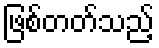
ဖြစ်တတ်သည့်